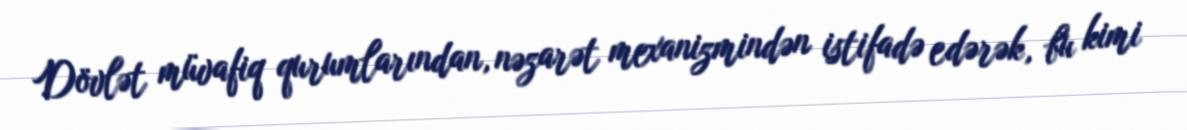
Dövlət müvafiq qurumlarından, nəzarət mexanizmindən istifadə edərək, bu kimi